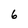
Character: 6